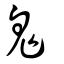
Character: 鬼